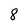
Character: 8